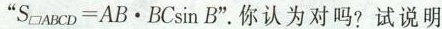
”$$S _ { \square A B C D } = A B \cdot B C \sin B$$”。你认为对吗?试说明